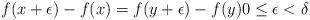
LaTeX: \begin{align*}f(x+\epsilon) - f(x) = f(y + \epsilon) - f(y) 0 \leq \epsilon < \delta\end{align*}